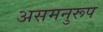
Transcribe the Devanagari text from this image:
असमनुरूप